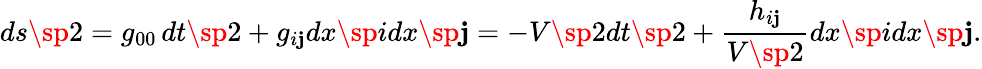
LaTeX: ds\sp2=g_{00}\, dt\sp2+g_{i\mathbf{j}}dx\sp{i}dx\sp{\mathbf{j}}=-V\sp2dt\sp2+\frac{{h_{i\mathbf{j}}}}{{V\sp2}}dx\sp{i}dx\sp{\mathbf{j}}.